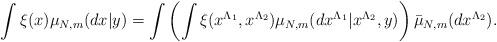
LaTeX: \begin{align*}\int \xi(x) \mu_{N,m} (dx|y) = \int \left( \int \xi(x^{\Lambda_1}, x^{\Lambda_2}) \mu_{N,m} (dx^{\Lambda_1} | x^{\Lambda_2}, y) \right) \bar{\mu}_{N,m} (dx^{\Lambda_2}).\end{align*}